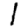
Digit: 1